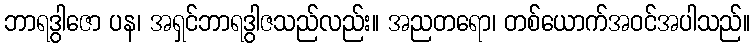
ဘာရဒွါဇော ပန၊ အရှင်ဘာရဒွါဇသည်လည်း။ အညတရော၊ တစ်ယောက်အဝင်အပါသည်။